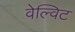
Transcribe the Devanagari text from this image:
वेल्विट